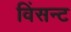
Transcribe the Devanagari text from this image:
विंसन्ट